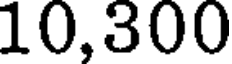
10,300